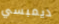
ديمبسي